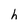
Character: h